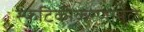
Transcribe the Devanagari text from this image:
स्फटिकीकरणामुळे